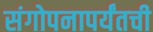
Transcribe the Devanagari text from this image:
संगोपनापर्यंतची